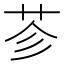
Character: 𦭏